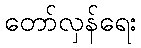
တော်လှန်ရေး